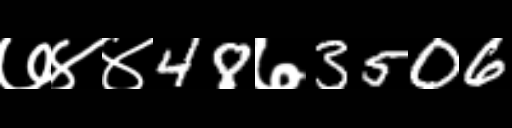
Text: ७४४48७3506